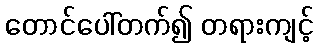
တောင်ပေါ်တက်၍ တရားကျင့်